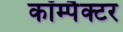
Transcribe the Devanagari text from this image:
कॉम्पैक्टर